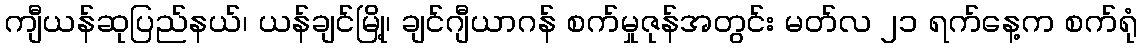
ကျီယန်ဆုပြည်နယ်၊ ယန်ချင်မြို့၊ ချင်ဂျီယာဂန် စက်မှုဇုန်အတွင်း မတ်လ ၂၁ ရက်နေ့က စက်ရုံ